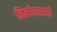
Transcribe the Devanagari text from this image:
निर्मात्यासाठी